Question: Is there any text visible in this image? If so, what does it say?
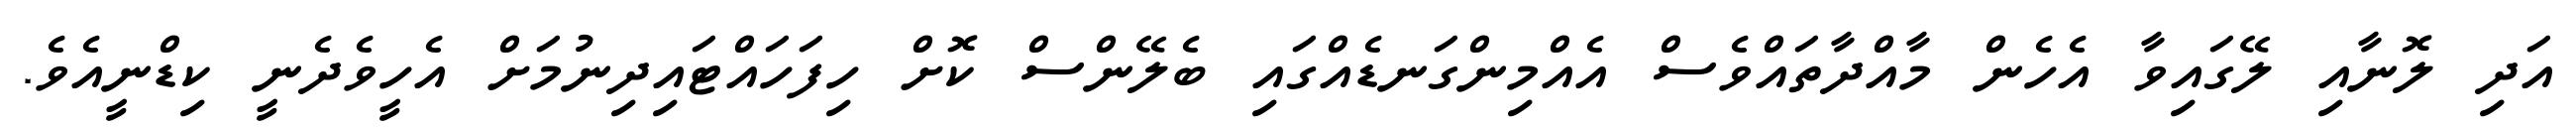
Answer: އަދި ލޮނާއި ލޭގައިވާ އެހެން މާއްދާތައްވެސް އެއްމިންގަނޑެއްގައި ބެލޭންސް ކޮށް ހިފަހައްޓައިދިނުމަށް އެހީވެދެނީ ކިޑްނީއެވެ.